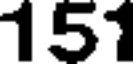
151